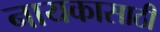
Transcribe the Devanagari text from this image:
नायकासाठी